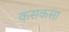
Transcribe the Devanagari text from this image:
कसकसा